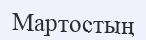
Мартостың